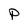
Character: P